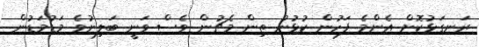
ރަނގަޅުކޮށް އެންމެ ފަހުން ކުޅުނު ތިން މެޗުން ވެސް ވަނީ ބަލިނުވެ މަޑުމަޑުން